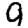
Digit: 9